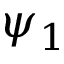
\psi _ { 1 }